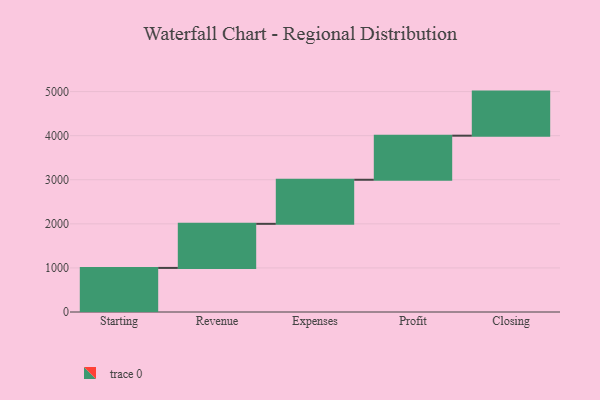
{"axis": {"x": "Step", "y": "Value"}, "legend": [""], "data": [{"x": "Starting", "y": 1000, "type": ""}, {"x": "Revenue", "y": 1000, "type": ""}, {"x": "Expenses", "y": 1000, "type": ""}, {"x": "Profit", "y": 1000, "type": ""}, {"x": "Closing", "y": 1000, "type": ""}]}